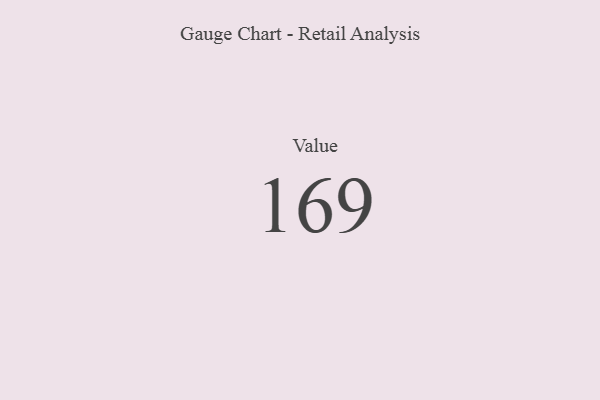
{"axis": {"x": "Metric", "y": "Value"}, "legend": [""], "data": [{"x": "Value", "y": 169, "type": ""}]}